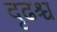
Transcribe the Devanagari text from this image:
दृढश्च